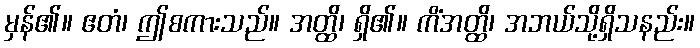
မှန်၏။ ဧတံ၊ ဤစကားသည်။ အတ္ထိ၊ ရှိ၏။ ကိံအတ္ထိ၊ အဘယ်သို့ရှိသနည်း။